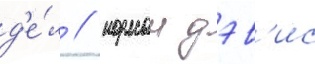
д'е́л / норман дэв'ис